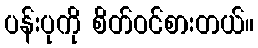
ပန်းပုကို စိတ်ဝင်စားတယ်။